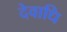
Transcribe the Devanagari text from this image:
देवाधि